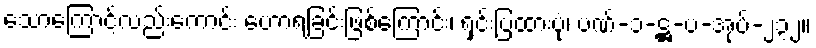
သောကြောင့်လည်းကောင်း ဟောရခြင်းဖြစ်ကြောင်း၊ ရှင်းပြထားပုံ၊ ပဏ်-၁-ဋ္ဌ-ပ-အုပ်-၂၃၂။